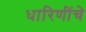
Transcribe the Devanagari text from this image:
धारिणींचे